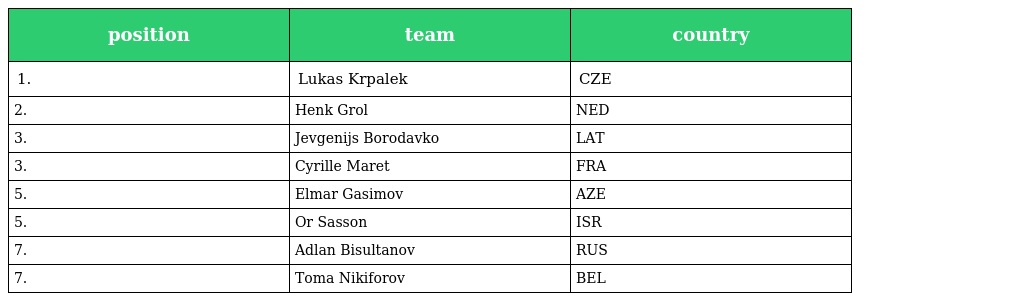
| position | team | country |
 | --- | --- | --- |
 | 1. | Lukas Krpalek | CZE |
 | 2. | Henk Grol | NED |
 | 3. | Jevgenijs Borodavko | LAT |
 | 3. | Cyrille Maret | FRA |
 | 5. | Elmar Gasimov | AZE |
 | 5. | Or Sasson | ISR |
 | 7. | Adlan Bisultanov | RUS |
 | 7. | Toma Nikiforov | BEL |